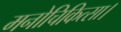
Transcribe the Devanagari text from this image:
मनोचिकित्सा।